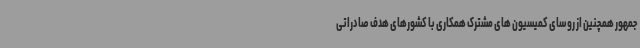
جمهور همچنین از روسای کمیسیون های مشترک همکاری با کشورهای هدف صادراتی